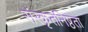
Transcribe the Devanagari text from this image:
संस्कृतनिष्ठता